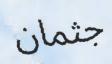
جثمان